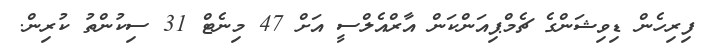
ފިރިހެން ޑިވިޝަންގެ ޗެމްޕިއަންކަން އާރްއެލްސީ އަށް 47 މިނެޓް 31 ސިކުންތު ކުރިން.